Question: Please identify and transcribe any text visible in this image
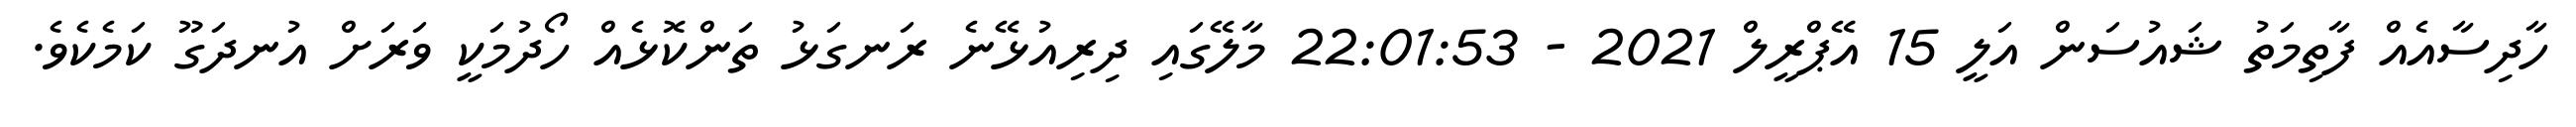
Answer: ހާދިސާއެއް ފާތިމަތު ޝައުސަން އަލީ 15 އޭޕްރީލް 2021 - 22:01:53 މާލޭގައި ދިރިއުޅޭނެ ރަނގަޅު ތަންކޮޅެއް ހޯދުމަކީ ވަރަށް އުނދަގޫ ކަމެކެވެ.